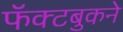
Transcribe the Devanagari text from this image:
फॅक्टबुकने